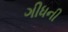
ગીધની